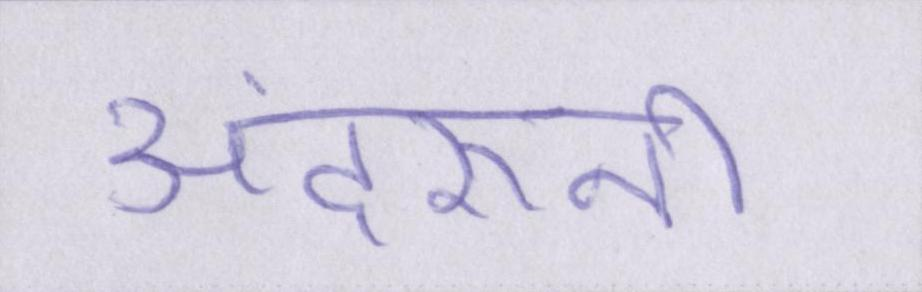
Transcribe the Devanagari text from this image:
अंदरूनी